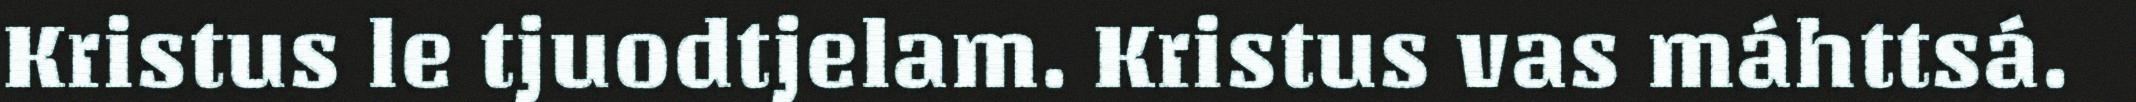
Kristus le tjuodtjelam. Kristus vas máhttsá.